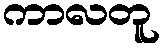
ကာလတူ